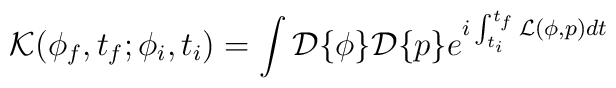
{\cal K}(\phi_f, t_f;\phi_i, t_i) = \int{\cal D}\{\phi\}{\cal D}\{p\}e^{i\int^{t_f}_{t_i}{\cal L}(\phi, p)dt}